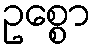
ဥစ္စော